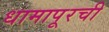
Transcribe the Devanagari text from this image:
धामापूरची